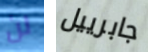
لن جابرييل